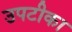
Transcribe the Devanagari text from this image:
उपटीका